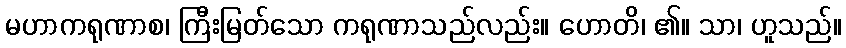
မဟာကရုဏာစ၊ ကြီးမြတ်သော ကရုဏာသည်လည်း။ ဟောတိ၊ ၏။ သာ၊ ဟူသည်။